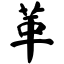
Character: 革